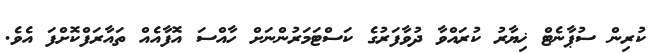
ކުރިން ސުޕާނެޓް ޚިޔާރު ކުރައްވާ ދުވާފަރުގެ ކަސްޓަމަރުންނަށް ހާއްސަ އޮފާއެއް ތައާރަފްކޮށްފަ އެވެ.